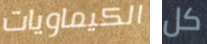
الكيماويات كل